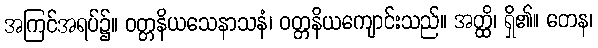
အကြင်အရပ်၌။ ဝတ္တနိယသေနာသနံ၊ ဝတ္တနိယကျောင်းသည်။ အတ္ထိ၊ ရှိ၏။ တေန၊